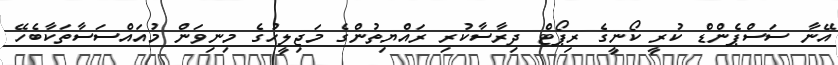
އޭނާ ސަސްޕެންޑް ކުރީ ކޯނީގެ ރިޕޯޓް ދިރާސާކުރި ރައްޔިތުންގެ މަޖިލީހުގެ މިނިވަން މުއައްސަސާތަކާބެހޭ